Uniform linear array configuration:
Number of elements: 12
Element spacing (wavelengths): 1
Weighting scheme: hamming
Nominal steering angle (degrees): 15
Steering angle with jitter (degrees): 16.994
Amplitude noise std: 0.05
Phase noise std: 0.05

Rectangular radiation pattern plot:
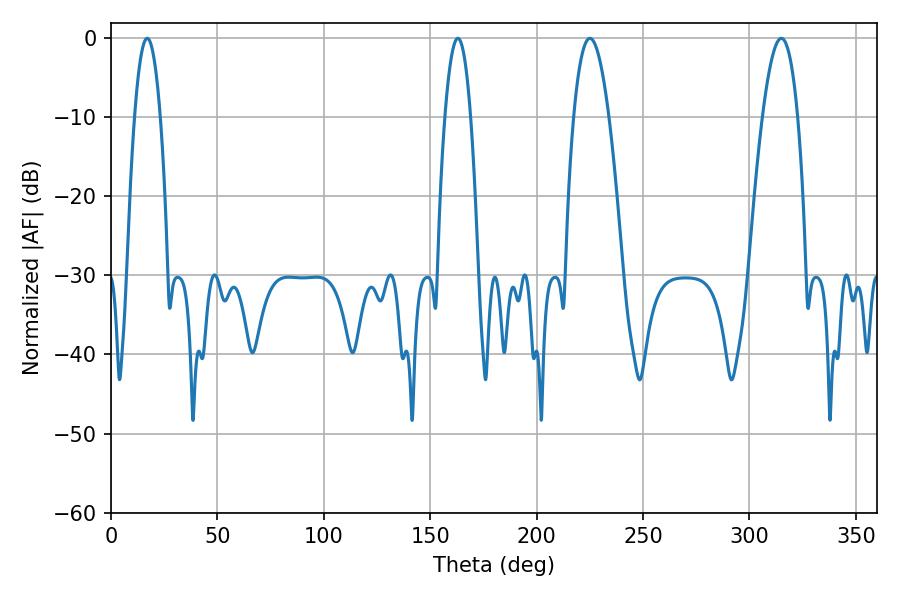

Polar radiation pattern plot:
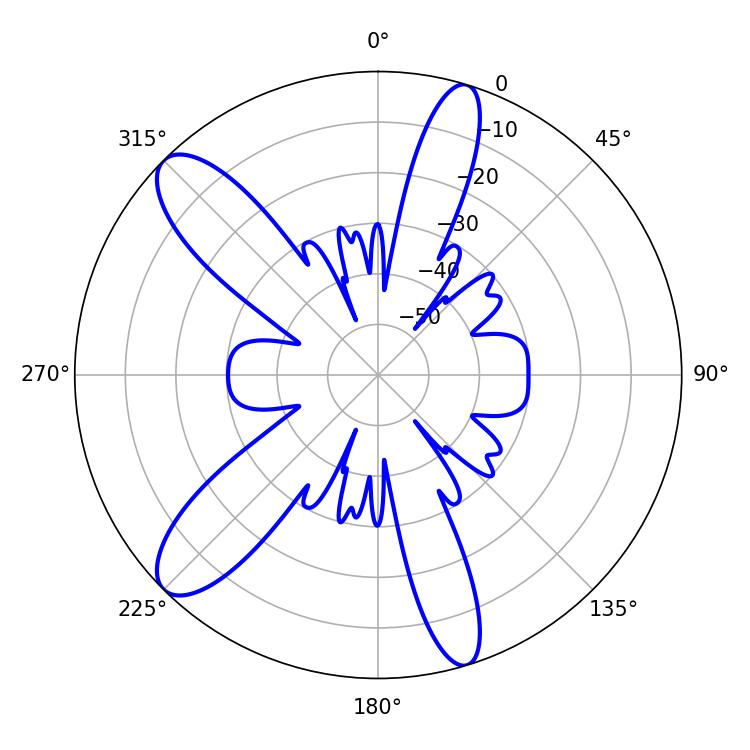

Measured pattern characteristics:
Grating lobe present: TRUE
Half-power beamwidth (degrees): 9
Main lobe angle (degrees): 225